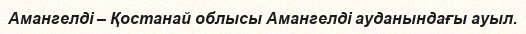
Амангелді – Қостанай облысы Амангелді ауданындағы ауыл.